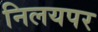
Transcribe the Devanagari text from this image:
निलयपर